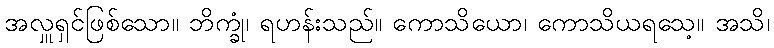
အလှူရှင်ဖြစ်သော။ ဘိက္ခုံ၊ ရဟန်းသည်။ ကောသိယော၊ ကောသိယရသေ့။ အသိ၊